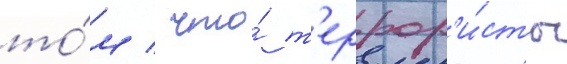
то́м / что́ т'еррор'и́сты